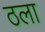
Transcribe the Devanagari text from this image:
ठला